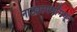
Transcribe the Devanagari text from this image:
नाट्यस्पर्धांमधून